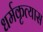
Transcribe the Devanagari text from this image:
धर्मकृत्यास